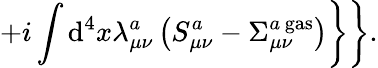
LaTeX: \left.\left.+i\int\mathrm{d}^{4}x\lambda_{\mu\nu}^{a}\left(S_{\mu\nu}^{a}-\Sigma_{\mu\nu}^{a{\, }\mathrm{{gas}}}\right)\right\} \right\} .